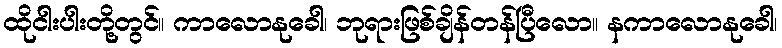
ထိုငါးပါးတို့တွင်။ ကာလောနုခေါ၊ ဘုရားဖြစ်ချိန်တန်ပြီလော။ နကာလောနုခေါ၊